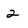
Character: 2